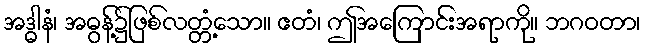
အဒ္ဓါနံ၊ အဓွန့်၌ဖြစ်လတ္တံ့သော။ ဧတံ၊ ဤအကြောင်းအရာကို။ ဘဂဝတာ၊